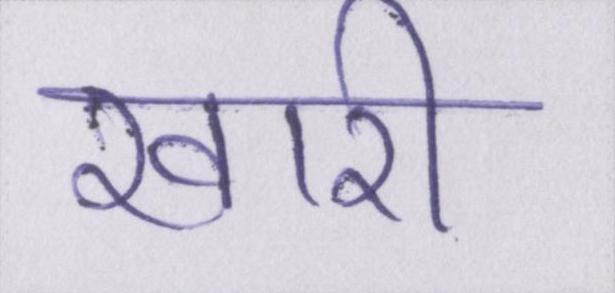
खारी